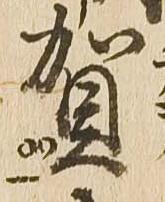
賀